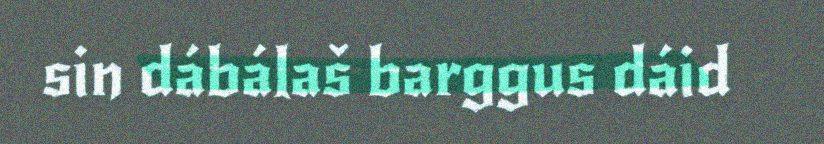
sin dábálaš barggus dáid